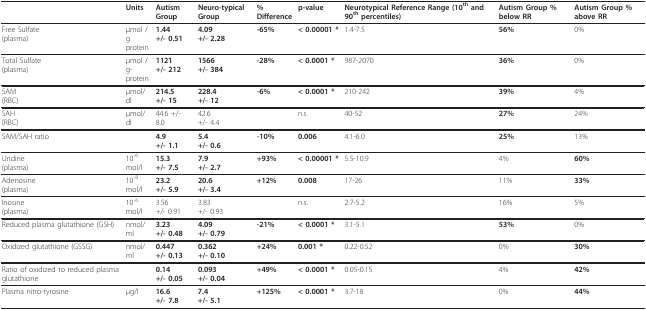
<table><thead><tr><td></td><td><b>Units</b></td><td><b>Autism Group</b></td><td><b>Neuro-typical Group</b></td><td><b>% Difference</b></td><td><b>p-value</b></td><td><b>Neurotypical Reference Range (10<sup>th </sup>and 90<sup>th </sup>percentiles)</b></td><td><b>Autism Group % below RR</b></td><td><b>Autism Group % above RR</b></td></tr></thead><tbody><tr><td>Free Sulfate(plasma)</td><td>μmol /g protein</td><td><b>1.44</b><b>+/- 0.51</b></td><td><b>4.09</b><b>+/- 2.28</b></td><td><b>-65%</b></td><td><b>&lt; 0.00001 *</b></td><td>1.4-7.5</td><td><b>56%</b></td><td>0%</td></tr><tr><td>Total Sulfate(plasma)</td><td>μmol /g-protein</td><td><b>1121</b><b>+/- 212</b></td><td><b>1566</b><b>+/- 384</b></td><td><b>-28%</b></td><td><b>&lt; 0.0001 *</b></td><td>987-2070</td><td><b>36%</b></td><td>0%</td></tr><tr><td>SAM(RBC)</td><td>μmol/dl</td><td><b>214.5</b><b>+/- 15</b></td><td><b>228.4</b><b>+/- 12</b></td><td><b>-6%</b></td><td><b>&lt; 0.0001 *</b></td><td>210-242</td><td><b>39%</b></td><td>4%</td></tr><tr><td>SAH(RBC)</td><td>μmol/dl</td><td>44.6 +/- 8.0</td><td>42.6+/- 4.4</td><td></td><td>n.s.</td><td>40-52</td><td><b>27%</b></td><td>24%</td></tr><tr><td>SAM/SAH ratio</td><td></td><td><b>4.9</b><b>+/- 1.1</b></td><td><b>5.4</b><b>+/- 0.6</b></td><td><b>-10%</b></td><td><b>0.006</b></td><td>4.1-6.0</td><td><b>25%</b></td><td>13%</td></tr><tr><td>Uridine(plasma)</td><td>10<sup>-6 </sup>mol/l</td><td><b>15.3</b><b>+/- 7.5</b></td><td><b>7.9</b><b>+/- 2.7</b></td><td><b>+93%</b></td><td><b>&lt; 0.00001 *</b></td><td>5.5-10.9</td><td>4%</td><td><b>60%</b></td></tr><tr><td>Adenosine(plasma)</td><td>10<sup>-8 </sup>mol/l</td><td><b>23.2</b><b>+/- 5.9</b></td><td><b>20.6</b><b>+/- 3.4</b></td><td><b>+12%</b></td><td><b>0.008</b></td><td>17-26</td><td>11%</td><td><b>33%</b></td></tr><tr><td>Inosine(plasma)</td><td>10<sup>-6 </sup>mol/l</td><td>3.56+/- 0.91</td><td>3.83+/- 0.93</td><td></td><td>n.s.</td><td>2.7-5.2</td><td>16%</td><td>5%</td></tr><tr><td>Reduced plasma glutathione (GSH)</td><td>nmol/ml</td><td><b>3.23</b><b>+/- 0.48</b></td><td><b>4.09</b><b>+/- 0.79</b></td><td><b>-21%</b></td><td><b>&lt; 0.0001 *</b></td><td>3.1-5.1</td><td><b>53%</b></td><td>0%</td></tr><tr><td>Oxidized glutathione (GSSG)</td><td>nmol/ml</td><td><b>0.447</b><b>+/- 0.13</b></td><td><b>0.362</b><b>+/- 0.10</b></td><td><b>+24%</b></td><td><b>0.001 *</b></td><td>0.22-0.52</td><td>0%</td><td><b>30%</b></td></tr><tr><td>Ratio of oxidized to reduced plasma glutathione</td><td></td><td><b>0.14</b><b>+/- 0.05</b></td><td><b>0.093</b><b>+/- 0.04</b></td><td><b>+49%</b></td><td><b>&lt; 0.0001 *</b></td><td>0.05-0.15</td><td>4%</td><td><b>42%</b></td></tr><tr><td>Plasma nitro-tyrosine</td><td>μg/l</td><td><b>16.6</b><b>+/- 7.8</b></td><td><b>7.4</b><b>+/- 5.1</b></td><td><b>+125%</b></td><td><b>&lt; 0.0001 *</b></td><td>3.7-18</td><td>0%</td><td><b>44%</b></td></tr></tbody></table>